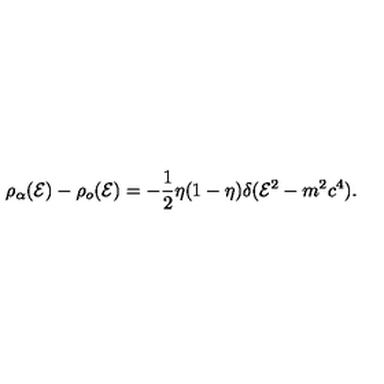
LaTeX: \rho _ { \alpha } ( { \cal E } ) - \rho _ { o } ( { \cal E } ) = - \frac { 1 } { 2 } \eta ( 1 - \eta ) \delta ( { \cal E } ^ { 2 } - m ^ { 2 } c ^ { 4 } ) .